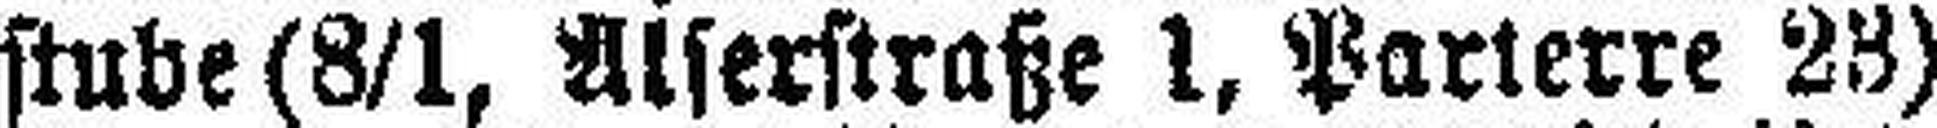
stube (8/1, Alserstraße 1, Parterre 23)